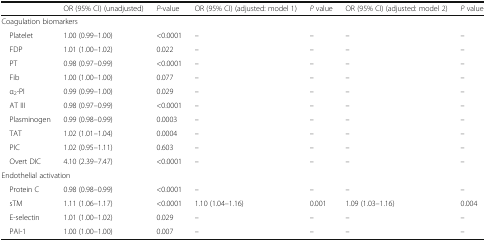
|  | OR (95% CI) (unadjusted) | P-value | OR (95% CI) (adjusted: model 1) | P value | OR (95% CI) (adjusted: model 2) | P value |
 | --- | --- | --- | --- | --- | --- | --- |
 | <COLSPAN=7> Coagulation biomarkers |
 | Platelet | 1.00 (0.99–1.00) | <0.0001 | – | – | – | – |
 | FDP | 1.01 (1.00–1.02) | 0.022 | – | – | – | – |
 | PT | 0.98 (0.97–0.99) | <0.0001 | – | – | – | – |
 | Fib | 1.00 (1.00–1.00) | 0.077 | – | – | – | – |
 | α2-PI | 0.99 (0.99–1.00) | 0.029 | – | – | – | – |
 | AT III | 0.98 (0.97–0.99) | <0.0001 | – | – | – | – |
 | Plasminogen | 0.99 (0.98–0.99) | 0.0003 | – | – | – | – |
 | TAT | 1.02 (1.01–1.04) | 0.0004 | – | – | – | – |
 | PIC | 1.02 (0.95–1.11) | 0.603 | – | – | – | – |
 | Overt DIC | 4.10 (2.39–7.47) | <0.0001 | – | – | – | – |
 | <COLSPAN=7> Endothelial activation |
 | Protein C | 0.98 (0.98–0.99) | <0.0001 | – | – | – | – |
 | sTM | 1.11 (1.06–1.17) | <0.0001 | 1.10 (1.04–1.16) | 0.001 | 1.09 (1.03–1.16) | 0.004 |
 | E-selectin | 1.01 (1.00–1.02) | 0.029 | – | – | – | – |
 | PAI-1 | 1.00 (1.00–1.00) | 0.007 | – | – | – | – |